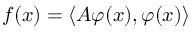
f ( x ) = \langle A \varphi ( x ) , \varphi ( x ) \rangle